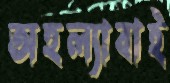
অহল্যাবাই